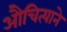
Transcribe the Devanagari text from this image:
औचित्याने